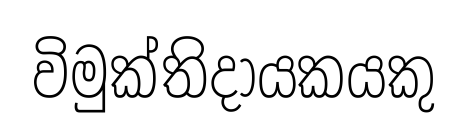
විමුක්තිදායකයකු